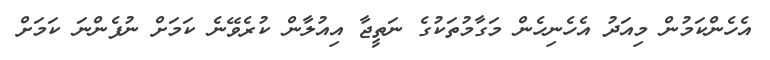
އެހެންކަމުން މިއަދު އެހެނިހެން މަގާމުތަކުގެ ނަތީޖާ އިއުލާން ކުރެވޭނެ ކަމަށް ނުފެންނަ ކަމަށް